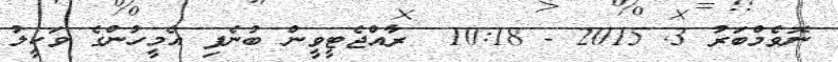
ނޮވެމްބަރު 3